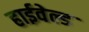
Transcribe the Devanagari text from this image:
हाईवेल्ड